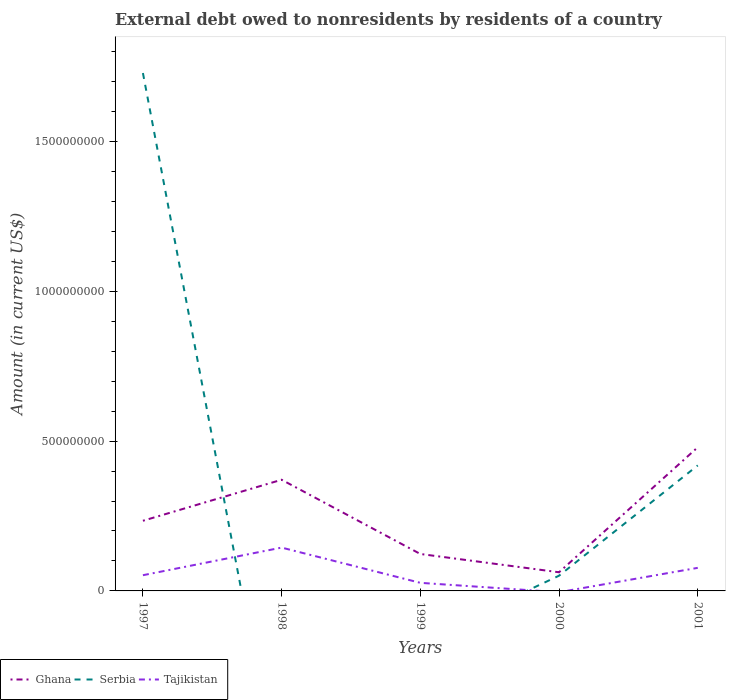
| Years | Ghana | Serbia | Tajikistan |
 | --- | --- | --- | --- |
 | 1997 | 2.34e+08 | 1.73e+09 | 5.24e+07 |
 | 1998 | 3.71e+08 | -7.05e+08 | 1.45e+08 |
 | 1999 | 1.23e+08 | -1.68e+08 | 2.7e+07 |
 | 2000 | 6.23e+07 | 5.08e+07 | -4.26e+06 |
 | 2001 | 4.79e+08 | 4.19e+08 | 7.7e+07 |